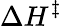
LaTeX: \Delta H^{\ddagger}